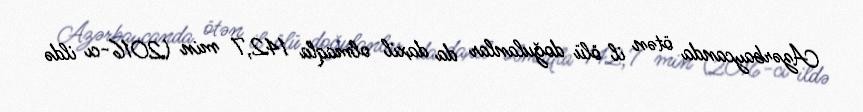
Azərbaycanda ötən il ölü doğulanlar da daxil olmaqla 142,7 min (2016-cı ildə